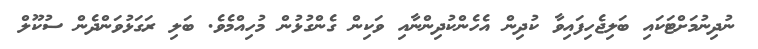
ނުދިނުމަށްޓަކައި ބަލިޖެހިފައިވާ ކުދިން އެހެންކުދިންނާއި ވަކިން ގެންގުޅުން މުހިއްމެވެ. ބަލި ރަގަޅުވަންދެން ސުކޫލް